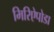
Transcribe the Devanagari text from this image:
मिरिऐपोडा